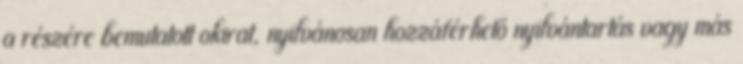
a részére bemutatott okirat, nyilvánosan hozzáférhető nyilvántartás vagy más